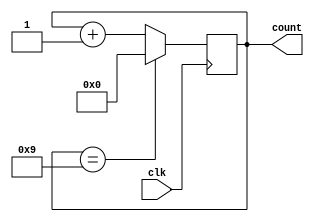
module decade_counter (
    input wire clk,
    output reg [3:0] count
);

reg [3:0] next_count;

always @(posedge clk) begin
    if (count == 4'b1001) begin
        next_count <= 4'b0000;
    end else begin
        next_count <= count + 1;
    end
end

always @* begin
    count <= next_count;
end

endmodule